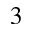
^ { 3 }